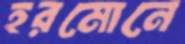
হরমোনে